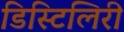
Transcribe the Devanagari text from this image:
डिस्टिलिरी